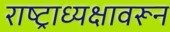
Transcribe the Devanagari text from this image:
राष्ट्राध्यक्षावरून